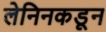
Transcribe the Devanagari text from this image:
लेनिनकडून